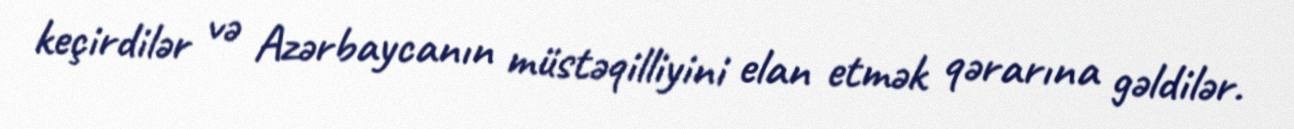
keçirdilər və Azərbaycanın müstəqilliyini elan etmək qərarına gəldilər.